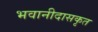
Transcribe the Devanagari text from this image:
भवानीदासकृत